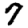
Digit: 7